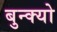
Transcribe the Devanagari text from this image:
बुन्क्यो